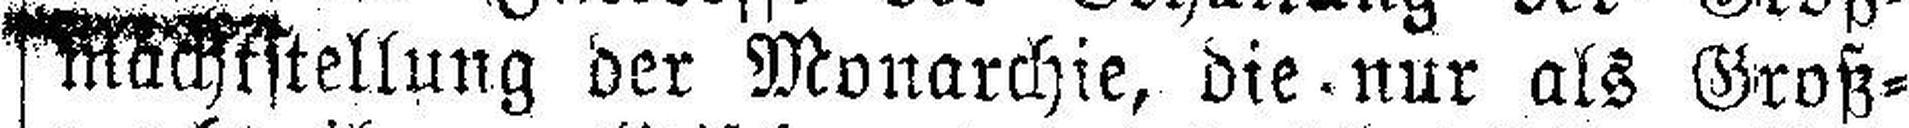
machtstellung der Monarchie, die - nur als Groß¬